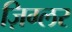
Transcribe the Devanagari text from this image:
ज़िग्लर